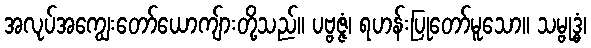
အလုပ်အကျွေးတော်ယောကျ်ားတို့သည်။ ပဗ္ဗဇ္ဇံ၊ ရဟန်းပြုတော်မူသော။ သမ္ဗုဒ္ဓံ၊